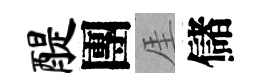
醍團厓儲